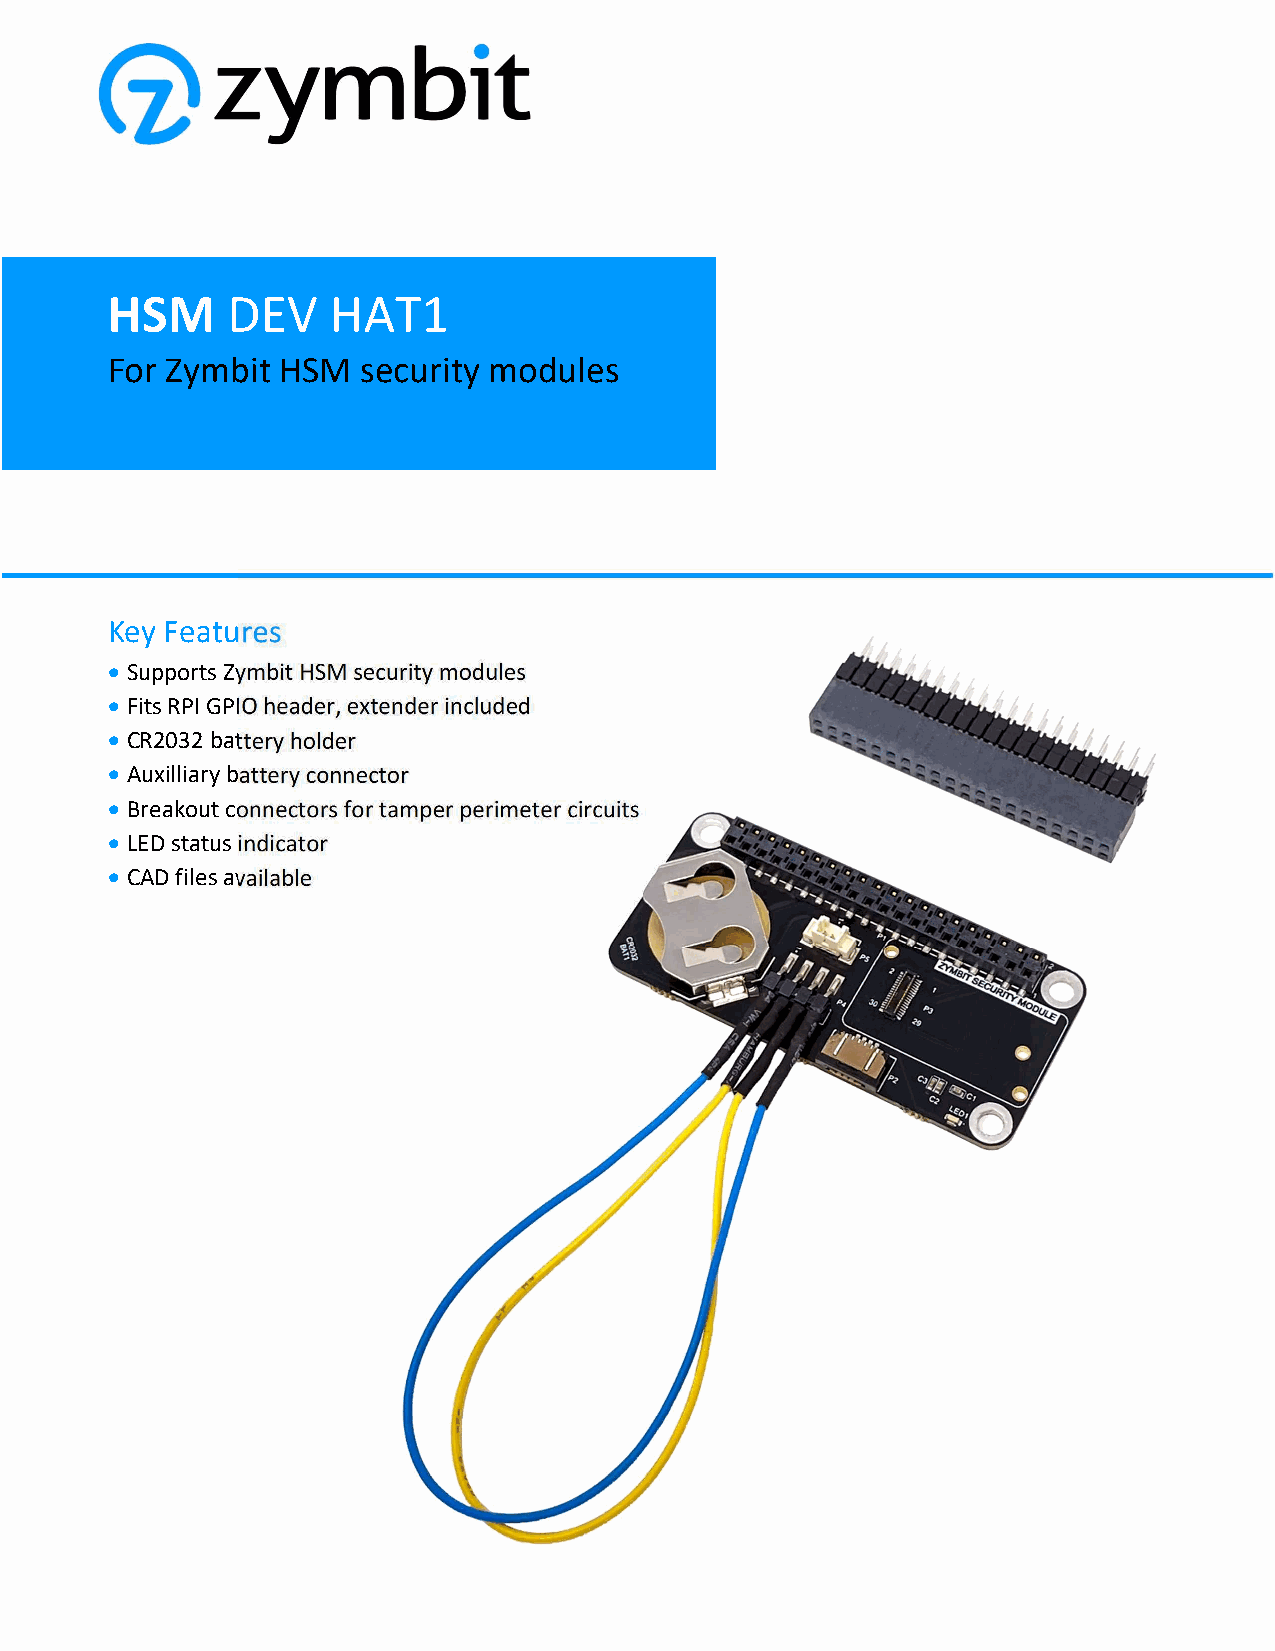
HSM     DEV    HAT1
 For Zymbit  HSM  security modules
 Key Features
  Supports Zymbit HSM security modules
  Fits RPI GPIO header, extender included
  CR2032 battery holder
  Auxilliary battery connector
  Breakout connectors for tamper perimeter circuits
  LED status indicator
  CAD files available